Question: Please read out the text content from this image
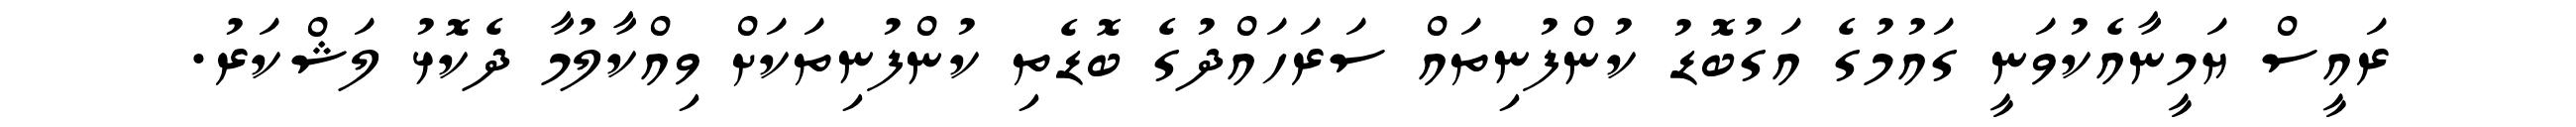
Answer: ރައީސް ޔަމީނާއެކުވަނީ ގައުމުގެ އަގުބޮޑު ކުންފުނިތައް ސަރަހައްދުގެ ބޮޑެތި ކުންފުނިތަކަށް ވިއްކާލުމާ ދެކޮޅު ލަޝްކަރު.